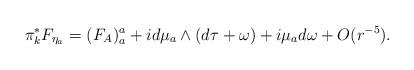
LaTeX: \begin{align*}\pi_k^*F_{\eta_a}= (F_A)_a^a +id\mu_a\wedge (d\tau+\omega)+i\mu_ad\omega+O(r^{-5}). \end{align*}